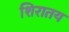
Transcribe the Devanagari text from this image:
शिरातय